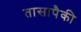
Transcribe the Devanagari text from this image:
तासापैकी